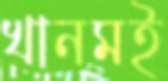
খানমই